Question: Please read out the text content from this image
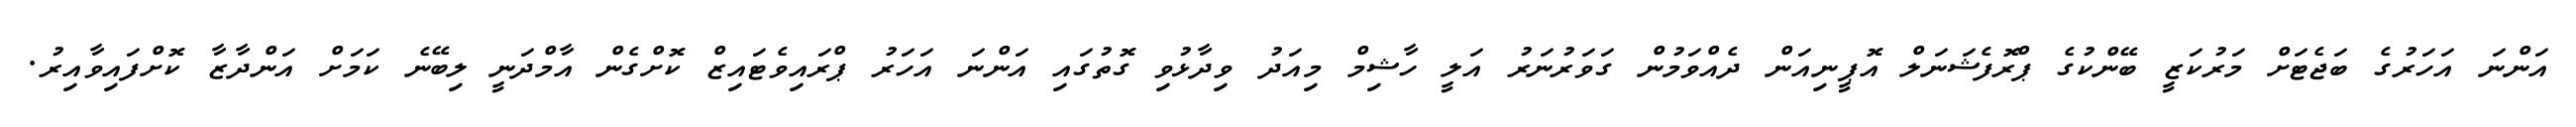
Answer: އަންނަ އަހަރުގެ ބަޖެޓަށް މަރުކަޒީ ބޭންކުގެ ޕްރޮފެޝަނަލް އޮޕީނިއަން ދެއްވަމުން ގަވަރުނަރު އަލީ ހާޝިމް މިއަދު ވިދާޅުވި ގޮތުގައި އަންނަ އަހަރު ޕްރައިވެޓައިޒް ކޮށްގެން އާމްދަނީ ލިބޭނެ ކަމަށް އަންދާޒާ ކޮށްފައިވާއިރު.